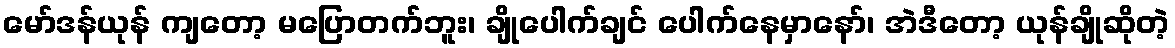
မော်ဒန်ယုန် ကျတော့ မပြောတက်ဘူး၊ ချိုပေါက်ချင် ပေါက်နေမှာနော်၊ အဲဒီတော့ ယုန်ချိုဆိုတဲ့